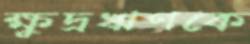
ক্ষুদ্রঋণকে